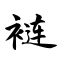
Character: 裢